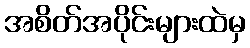
အစိတ်အပိုင်းများထဲမှ